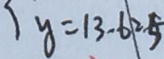
y = 1 3 - 6 = 5